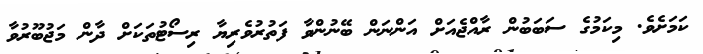
ކަމަށެވެ. މިކަމުގެ ސަބަބުން ރާއްޖެއަށް އަންނަން ބޭނުންވާ ފަތުރުވެރިޔާ ރިސޯޓުތަކަށް ދާން މަޖުބޫރުވާ